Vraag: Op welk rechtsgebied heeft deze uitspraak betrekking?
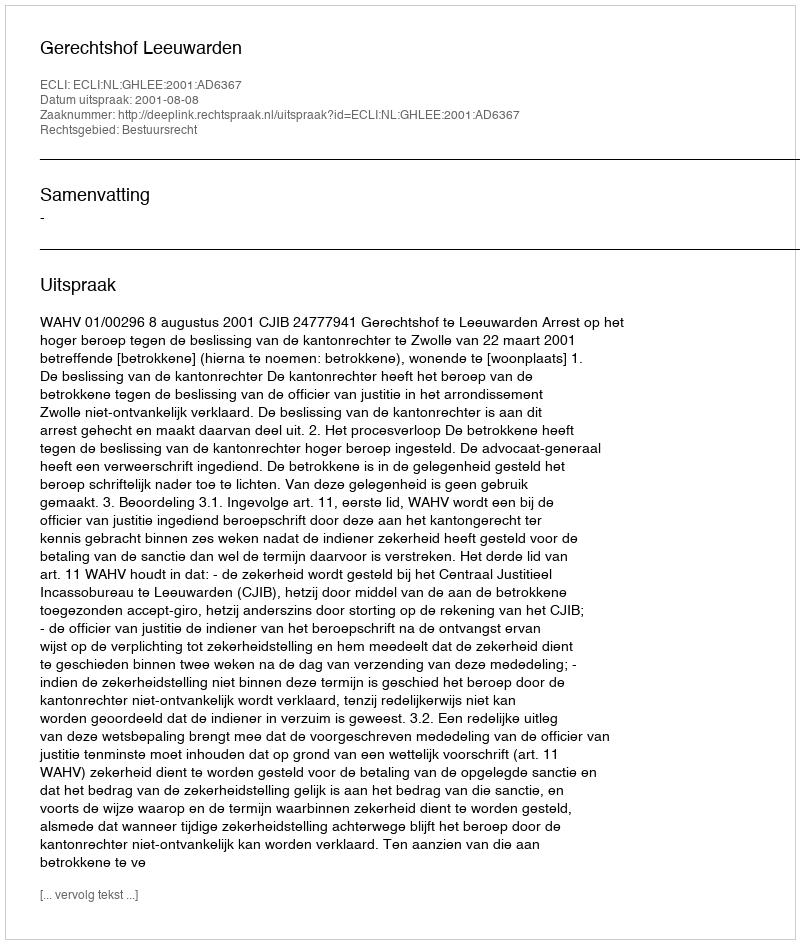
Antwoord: Bestuursrecht